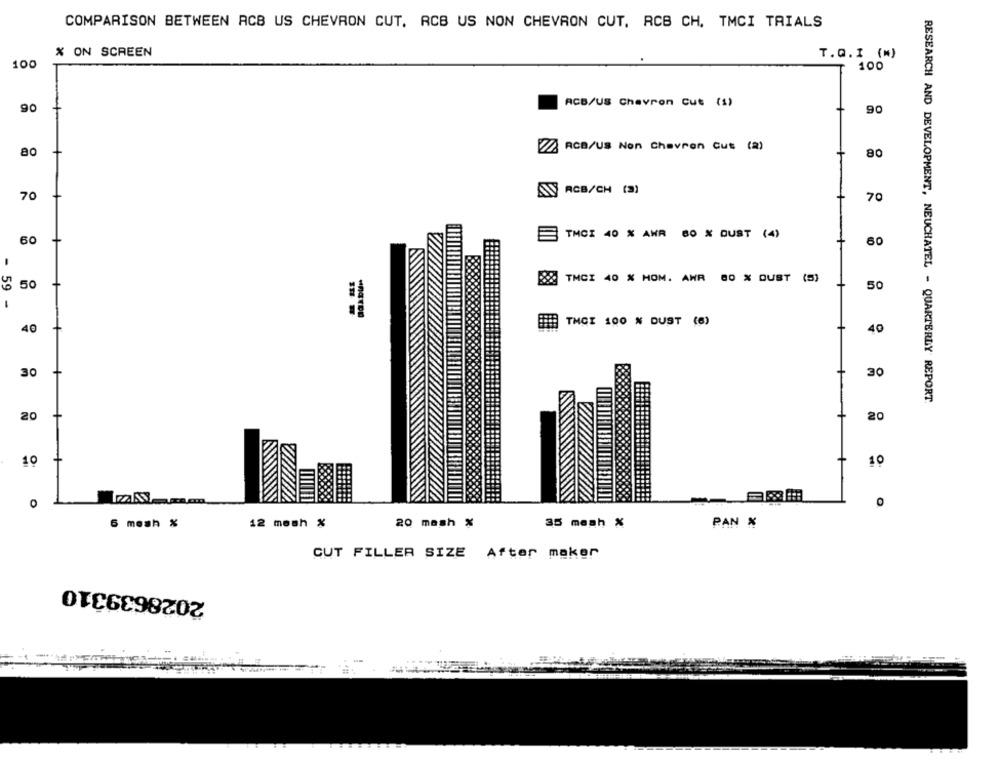
COMPARISON BETWEEN ACB US CHEVRON CUT, RCB US NON CHEVRON CUT, RCB CH, TMCI TRIALS
% ON SCREEN
T.Q . I (*)
100
100
ACB/US Chevron Cut (s)
90
90
80
ACB/US Non Chevron Cut (2)
80
ANY ACB/CH (3)
70
70
TMCI 40 % AWR 80 % DUST (4)
60
60
-
ESS TMCI 40 % HOM. AWR 80 % DUST (5)
50
50
50
-
TMCI 100 % DUST (6)
40
40
30
30
RESEARCH AND DEVELOPMENT, NEUCHATEL - QUARTERLY REPORT
20
20
10
10
O
0
6 mosh %
12 mosh %
20 mash %
35 mesh %
PAN %
CUT FILLER SIZE After maker
2028639310